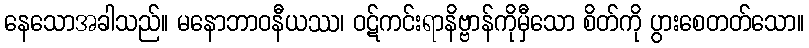
နေသောအခါသည်။ မနောဘာဝနီယဿ၊ ဝဋ်ကင်းရာနိဗ္ဗာန်ကိုမှီသော စိတ်ကို ပွားစေတတ်သော။